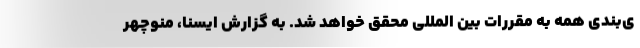
ی‌بندی همه به مقررات بین المللی محقق خواهد شد. به گزارش ایسنا، منوچهر